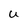
Character: U